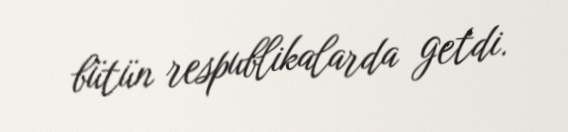
bütün respublikalarda getdi.